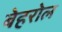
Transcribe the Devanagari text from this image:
बेहरोल